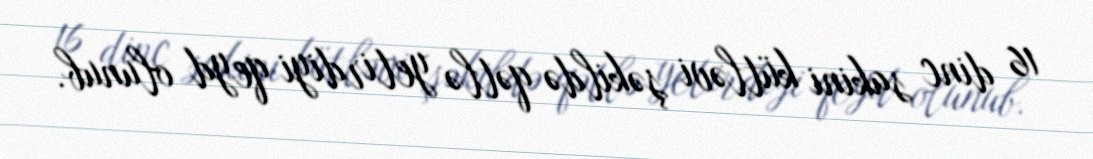
16 dinc sakini kütləvi şəkildə qətlə yetirdiyi qeyd olunub.